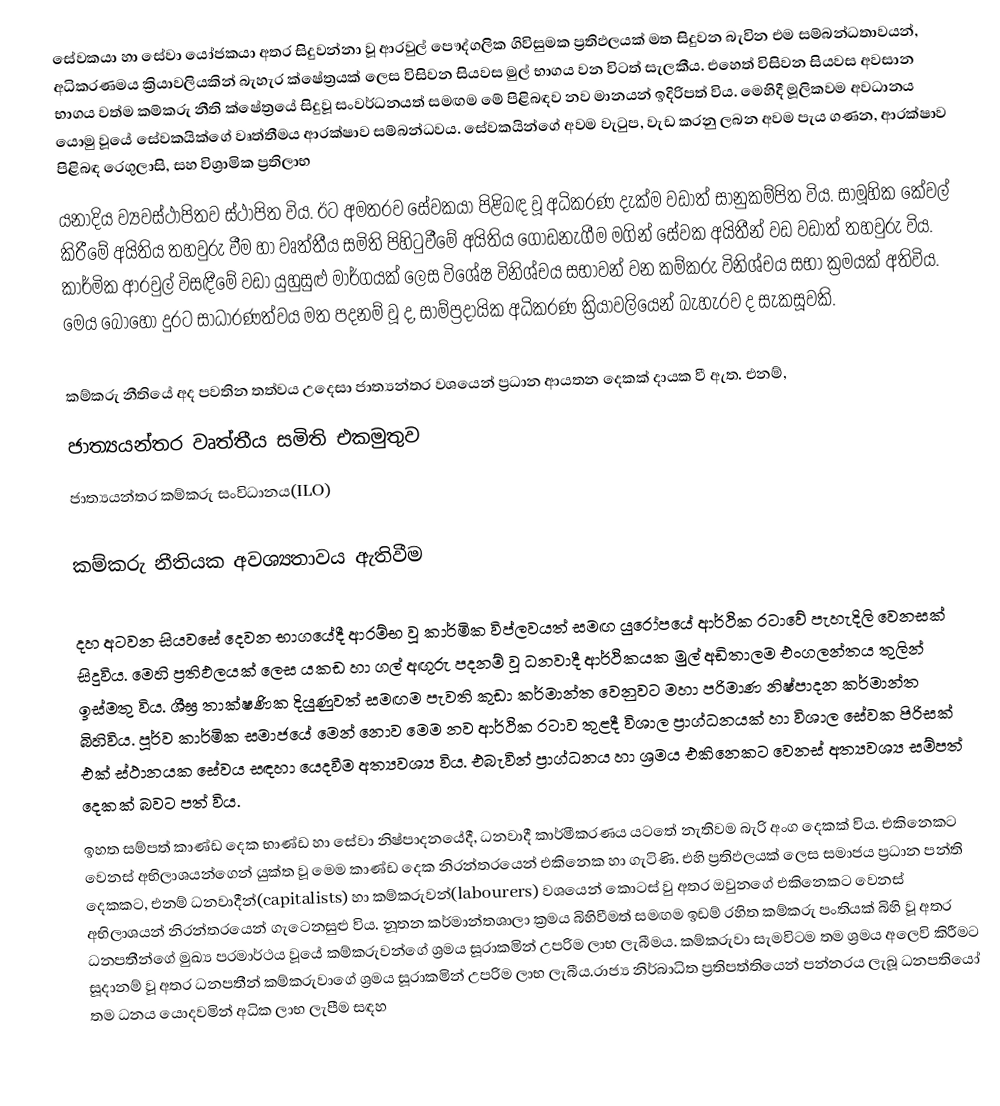
සේවකයා හා සේවා යෝජකයා  අතර  සිදුවන්නා වූ  ආරවුල්  පෞද්ගලික  ගිවිසුමක  ප්‍රතිඵලයක් මත සිදුවන   බැවින එම සම්බන්ධතාවයන්, අධිකරණමය ක්‍රියාවලියකින් බැහැර ක්ෂේත්‍රයක් ලෙස විසිවන සියවස මුල් භාගය වන විටත් සැලකීය. එහෙත්  විසිවන සියවස  අවසාන  භාගය වත්ම  කම්කරු  නීති  ක්ෂේත්‍රයේ  සිදුවූ සංවර්ධනයත්  සමඟම මේ පිළිබඳව නව මානයන්  ඉදිරිපත්  විය. මෙහිදී  මූලිකවම  අවධානය  යොමු   වූයේ සේවකයික්ගේ  වෘත්තීමය  ආරක්ෂාව   සම්බන්ධවය. සේවකයින්ගේ  අවම  වැටුප, වැඩ  කරනු ලබන  අවම පැය  ගණන,  ආරක්ෂාව  පිළිබඳ  රෙගුලාසි,  සහ විශ්‍රාමික  ප්‍රතිලාභ
යනාදිය ව්‍යවස්ථාපිතව ස්ථාපිත විය. ඊට අමතරව සේවකයා පිළිබඳ වූ අධිකරණ දැක්ම වඩාත් සානුකම්පිත  විය. සාමූහික කේවල් කිරීමේ අයිතිය තහවුරු වීම හා වෘත්තීය සමිති පිහිටුවීමේ  අයිතිය  ගොඩනැගීම මගින් සේවක අයිතීන් වඩ වඩාත් තහවුරු විය. කාර්මික ආරවුල් විසඳීමේ වඩා යුහුසුළු මාර්ගයක් ලෙස  විශේෂ  විනිශ්චය  සභාවන්  වන  කම්කරු විනිශ්චය සභා ක්‍රමයක් අතිවිය. මෙය බොහෝ දුරට සාධාරණත්වය මත පදනම් වූ ද, සාම්ප්‍රදායික අධිකරණ  ක්‍රියාවලියෙන් බැහැරව ද සැකසූවකි.

කම්කරු නීතියේ අද පවතින තත්වය උදෙසා ජාත්‍යන්තර වශයෙන් ප්‍රධාන ආයතන දෙකක් දායක වී ඇත. එනම්,
 ජාත්‍යයන්තර වෘත්තීය සමිති එකමුතුව
 ජාත්‍යයන්තර කම්කරු සංවිධානය(ILO)

කම්කරු නීතියක අවශ්‍යතාවය ඇතිවීම

දහ අටවන සියවසේ දෙවන භාගයේදී ආරම්භ වූ කාර්මික විප්ලවයත් සමඟ යුරෝපයේ ආර්ථික රටාවේ පැහැදිලි වෙනසක් සිදුවිය. මෙහි ප්‍රතිඵලයක් ලෙස යකඩ හා ගල් අඟුරු පදනම් වූ ධනවාදී ආර්ථිකයක මුල් අඩිතාලම එංගලන්තය තුලින් ඉස්මතු විය. ශීඝ්‍ර තාක්ෂණික දියුණුවත් සමඟම පැවති කුඩා කර්මාන්ත වෙනුවට මහා පරිමාණ නිෂ්පාදන කර්මාන්ත බිහිවිය. පූර්ව කාර්මික සමාජයේ මෙන් නොව මෙම නව ආර්ථික රටාව තුළදී විශාල ප්‍රාග්ධනයක් හා විශාල සේවක පිරිසක් එක් ස්ථානයක සේවය සඳහා යෙදවීම අත්‍යවශ්‍ය විය. එබැවින් ප්‍රාග්ධනය හා ශ්‍රමය එකිනෙකට වෙනස් අත්‍යවශ්‍ය  සම්පත් දෙකක් බවට පත් විය.
ඉහත සම්පත් කාණ්ඩ දෙක භාණ්ඩ හා සේවා නිෂ්පාදනයේදී, ධනවාදී කාර්මීකරණය යටතේ නැතිවම බැරි අංග ‍දෙකක් විය. එකිනෙකට වෙනස් අභිලාශයන්ගෙන් යුක්ත වූ මෙම කාණ්ඩ දෙක නිරන්තරයෙන් එකිනෙක හා ගැටිණි. එහි ප්‍රතිඵලයක් ලෙස සමාජය ප්‍රධාන පන්ති දෙකකට, එනම් ධනවාදීන්(capitalists) හා කම්කරුවන්(labourers) වශයෙන් කොටස්  වු අතර ඔවුනගේ එකිනෙකට වෙනස් අභිලාශයන් නිරන්තරයෙන් ගැටෙනසුළු විය. නූතන කර්මාන්තශාලා ක්‍රමය බිහිවීමත් සමඟම ඉඩම් රහිත කම්කරු පංතියක් බිහි වූ අතර ධනපතීන්ගේ මුඛ්‍ය පරමාර්ථය වූයේ කම්කරුවන්ගේ ශ්‍රමය සූරාකමින් උපරිම ලාභ ලැබීමය. කම්කරුවා සැමවිටම තම ශ්‍රමය අලෙවි කිරීමට සූදානම් වූ අතර ධනපතීන් කම්කරුවාගේ ශ්‍රමය සූරාකමින් උපරිම ලාභ ලැබීය.රාජ්‍ය නිර්බාධිත ප්‍රතිපත්තියෙන් පන්නරය ලැබූ ධනපතියෝ තම ධනය යොදවමින් අධික ලාභ ලැපීම සඳහ